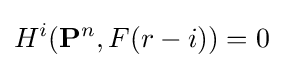
H^{i}(\mathbf {P} ^{n},F(r-i))=0